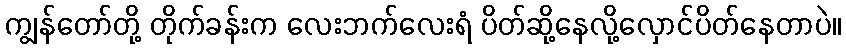
ကျွန်တော်တို့ တိုက်ခန်းက လေးဘက်လေးရံ ပိတ်ဆို့နေလို့လှောင်ပိတ်နေတာပဲ။